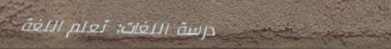
مدرسة اللغات: تعلم اللغة